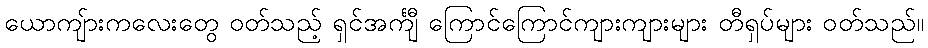
ယောကျ်ားကလေးတွေ ဝတ်သည့် ရှင်အင်္ကျီ ကြောင်ကြောင်ကျားကျားများ တီရှပ်များ ဝတ်သည်။